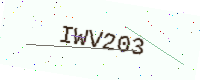
Text: IWV203